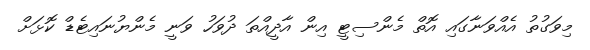
މިވަގުތު އެއްވަނާގައި އޮތް މެންސިޓީ އިން އާދީއްތަ ދުވަހު ވަނީ މެންޔުނައިޓެޑް ކޮޅަށް